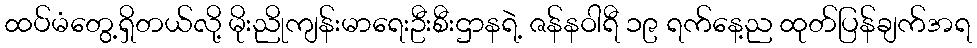
ထပ်မံတွေ့ရှိတယ်လို့ မိုးညိုကျန်းမာရေးဦးစီးဌာနရဲ့ ဇန်နဝါရီ ၁၉ ရက်နေ့ည ထုတ်ပြန်ချက်အရ